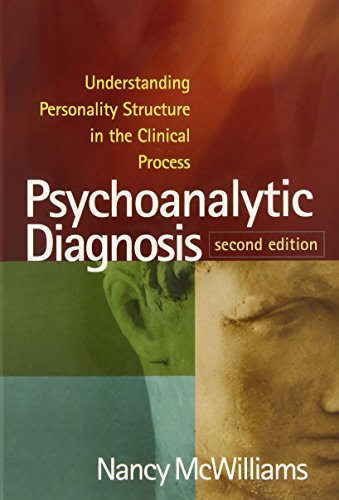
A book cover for Psychoanalytic Diagnosis, Second Edition: Understanding Personality Structure in the Clinical Process; Nancy McWilliams; Medical Books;